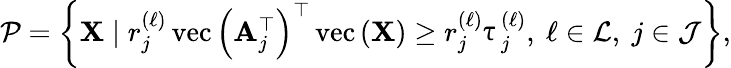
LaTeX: \begin{array}{r}{\mathcal{P}=\left\{ \mathbf{X}\mid r_{j}^{(\ell)}\operatorname{vec}\left(\mathbf{A}_{j}^{\top}\right)^{\top}\operatorname{vec}\left(\mathbf{X}\right)\geq r_{j}^{(\ell)}\uptau_{j}^{(\ell)},~\ell\in\mathcal{L},~j\in\mathcal{J}\right\} ,}\end{array}